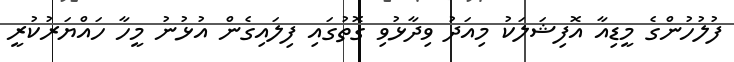
ފުލުހުންގެ މީޑިއާ އޮފިޝަލަކު މިއަދު ވިދާޅުވި ގޮތުގައި ފިލައިގެން އުޅުނު މީހާ ހައްޔަރުކުރީ